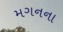
મગનના